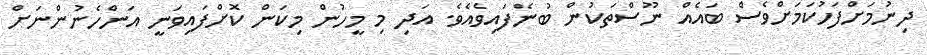
ދިނުމަށްފަހުކަމަށްވެސް ބައެއް ނޫސްތަކުން ބުނެފައިވެއެވެ. އަދި މި މީހުން މިކަން ކޮށްފައިވަނީ އަންހެނުންނަށް